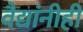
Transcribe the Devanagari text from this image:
वैद्यांनीही